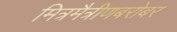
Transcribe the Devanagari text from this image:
मित्रमैत्रीणबरोबर